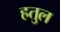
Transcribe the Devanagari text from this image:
हतुल